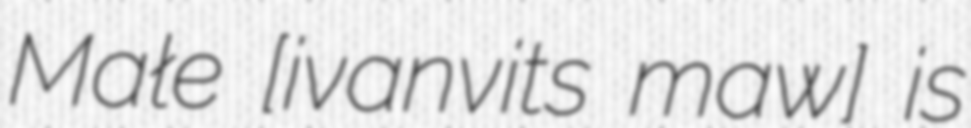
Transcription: Małe [ivanɔˈvit͡sɛ ˈmawɛ] is